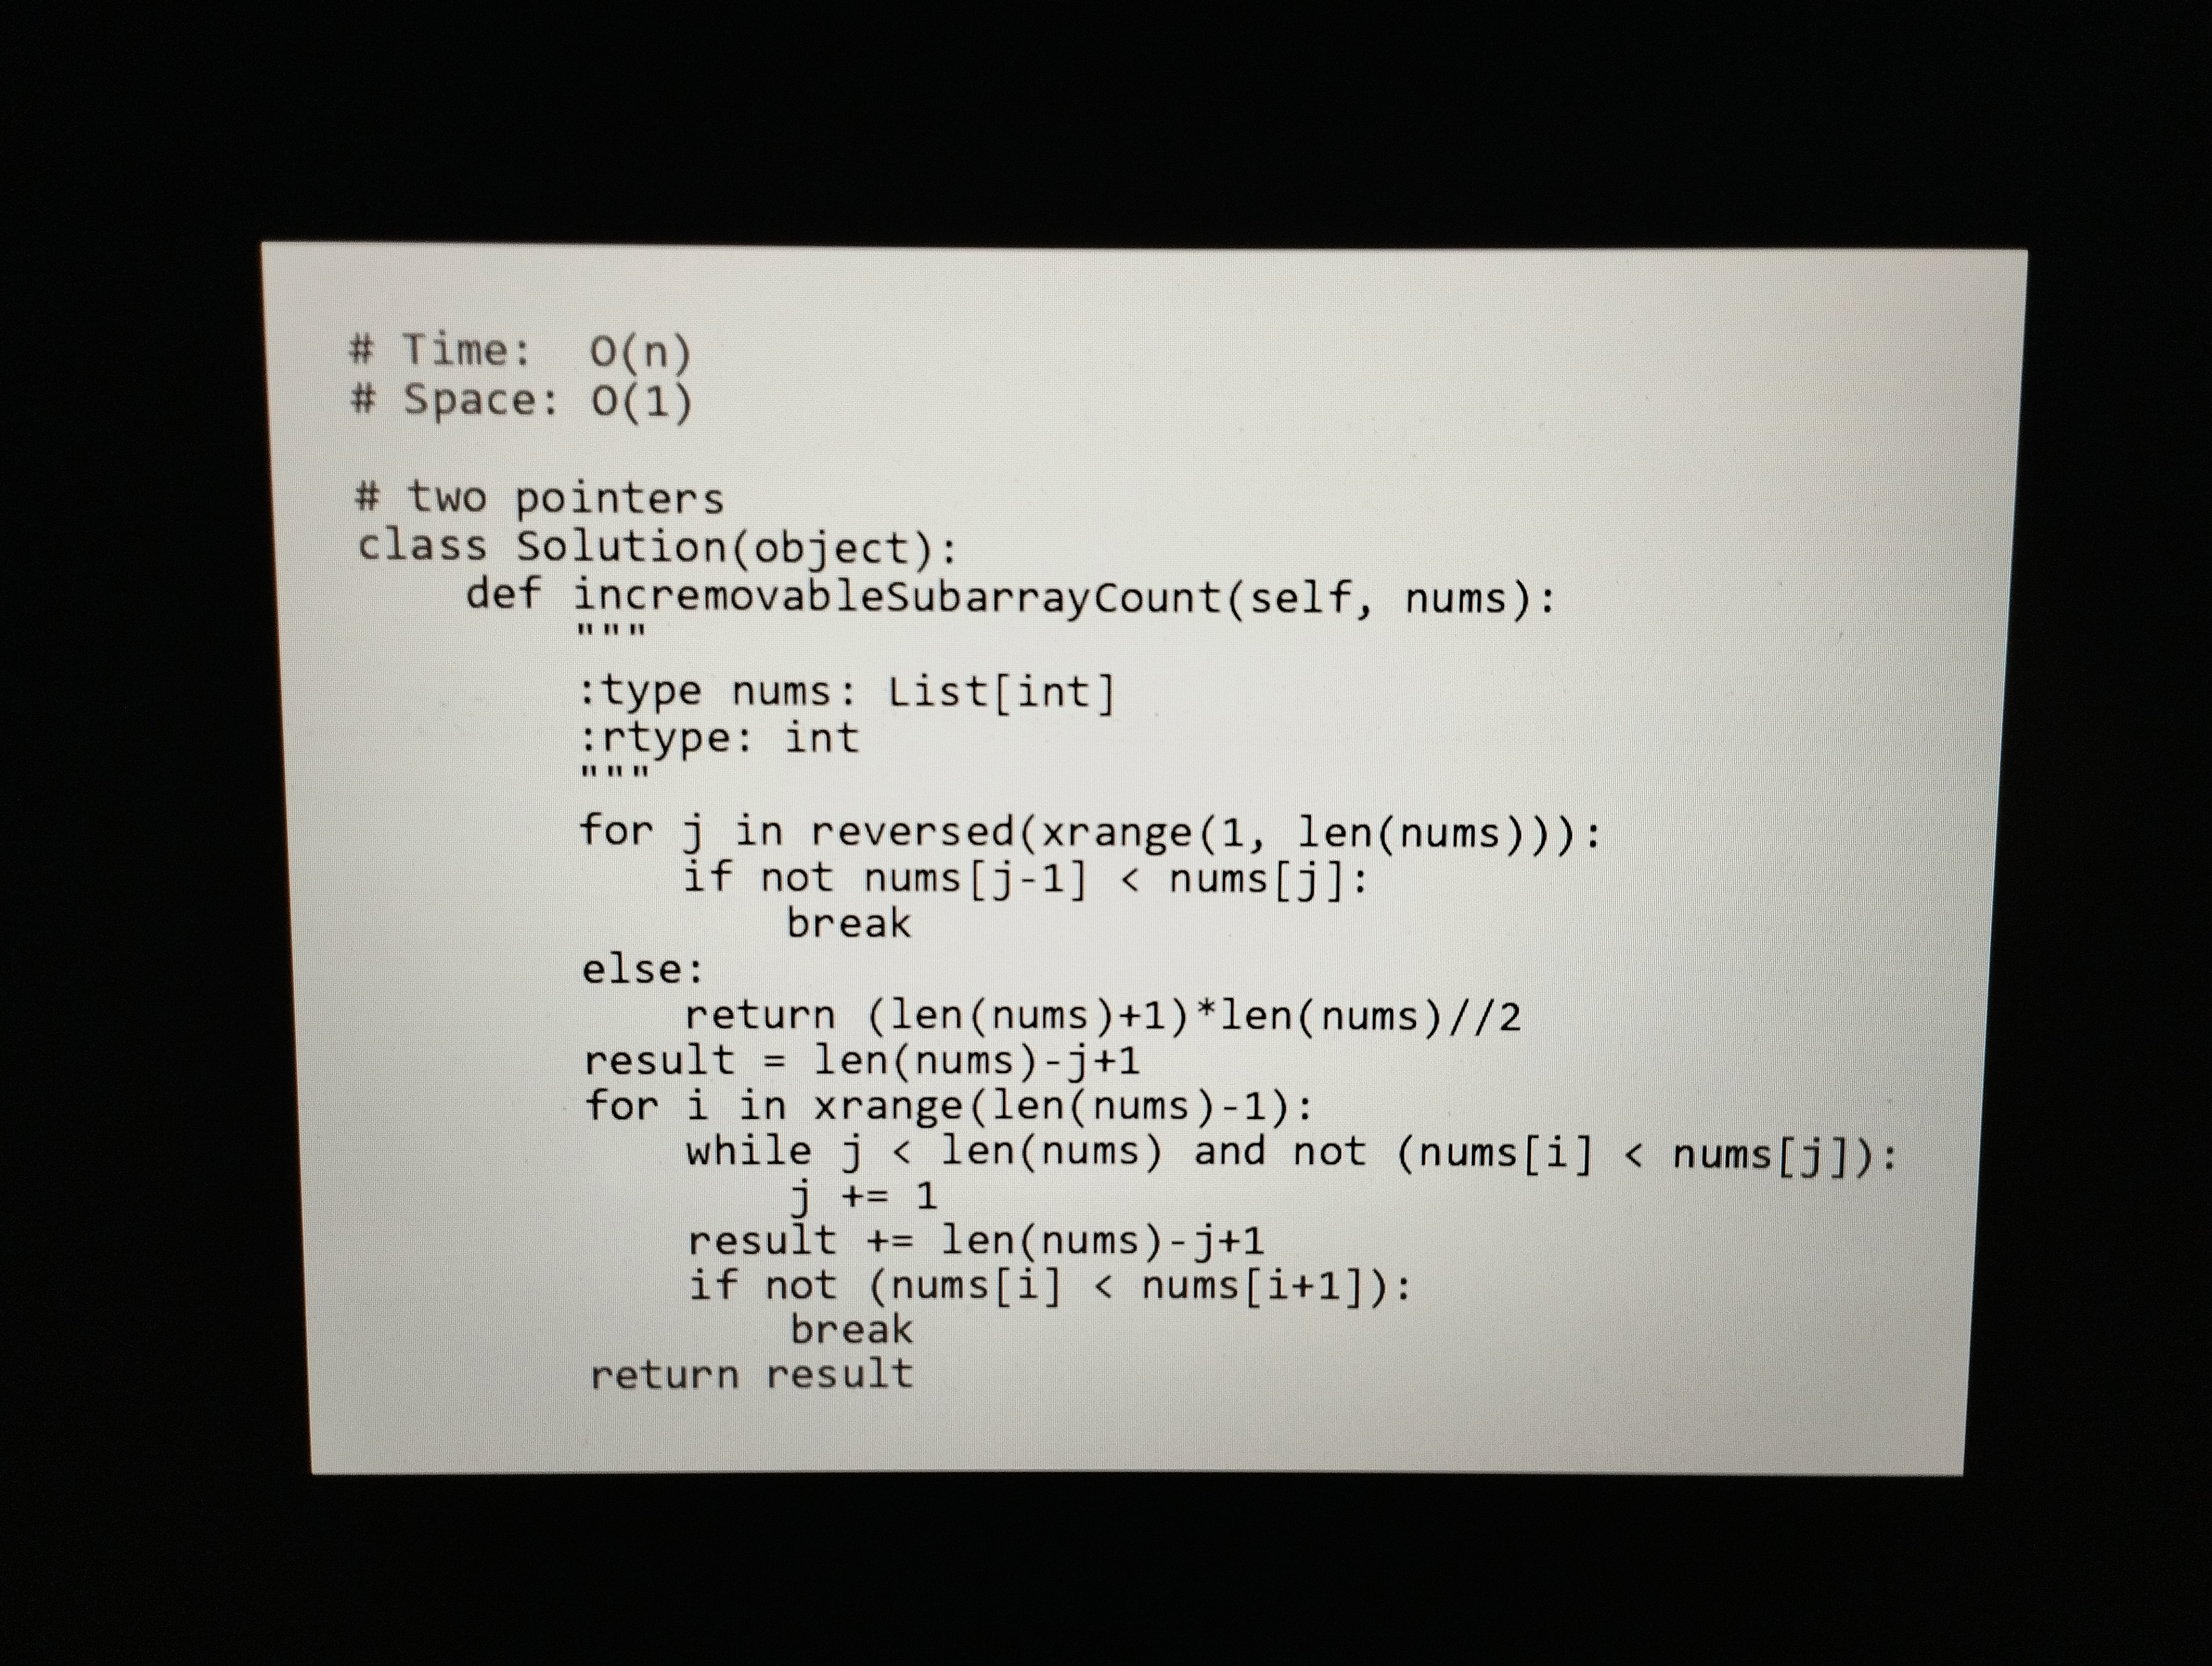
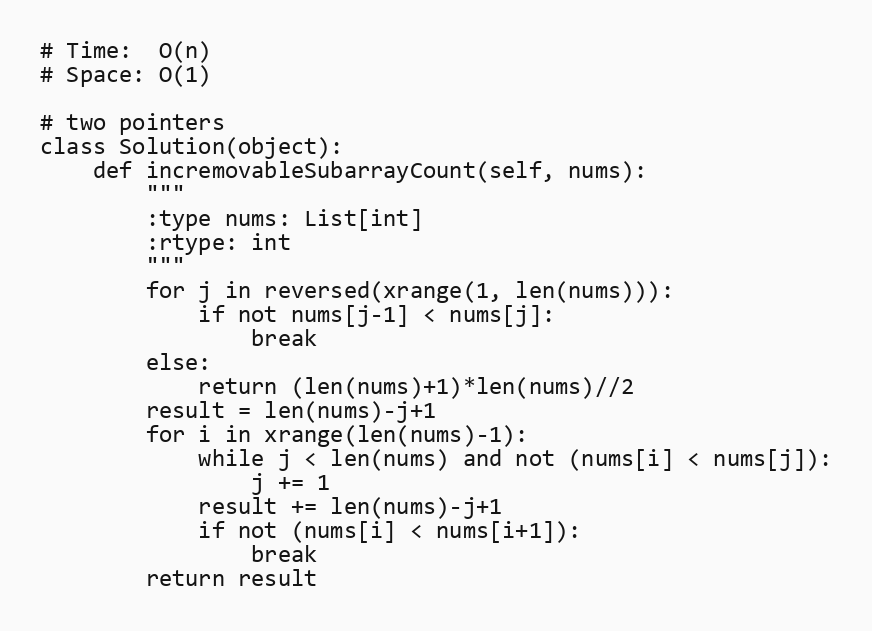
# Time:  O(n)
# Space: O(1)

# two pointers
class Solution(object):
    def incremovableSubarrayCount(self, nums):
        """
        :type nums: List[int]
        :rtype: int
        """
        for j in reversed(xrange(1, len(nums))):
            if not nums[j-1] < nums[j]:
                break
        else:
            return (len(nums)+1)*len(nums)//2
        result = len(nums)-j+1
        for i in xrange(len(nums)-1):
            while j < len(nums) and not (nums[i] < nums[j]):
                j += 1
            result += len(nums)-j+1
            if not (nums[i] < nums[i+1]):
                break
        return result